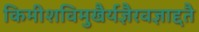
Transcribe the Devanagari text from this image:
किमीशविमुखैर्यज्ञैरवज्ञाद्दतै